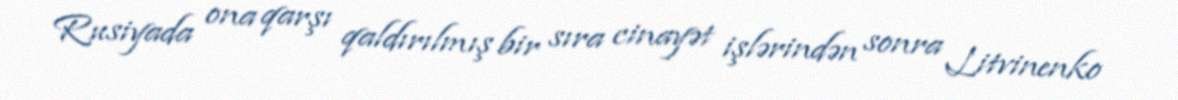
Rusiyada ona qarşı qaldırılmış bir sıra cinayət işlərindən sonra Litvinenko